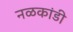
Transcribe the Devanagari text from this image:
नळकांडी